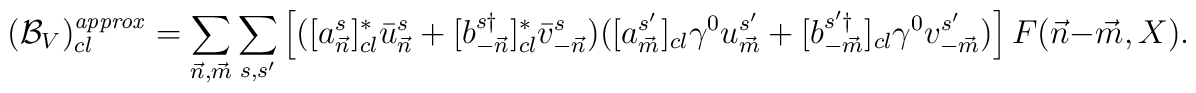
({\cal B}_V)^{\it{approx}}_{cl} = \sum_{{\vec n},{\vec m}} \sum_{s,s'} \left[([a^{s}_{\vec n}]^*_{cl} \bar{u}^s_{\vec n} +[b^{s\dagger}_{-{\vec n}}]^*_{cl} \bar{v}^s_{-{\vec n}})([a^{s'}_{\vec m}]_{cl}\gamma^0 u^{s'}_{\vec m} +[b^{s'\dagger}_{-{\vec m}}]_{cl}\gamma^0 v^{s'}_{-{\vec m}})\right]F({\vec n}-{\vec m},X).